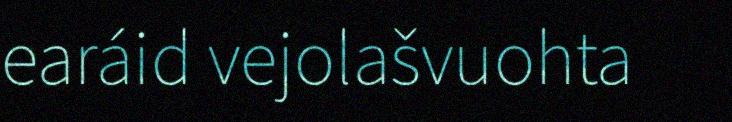
earáid vejolašvuohta